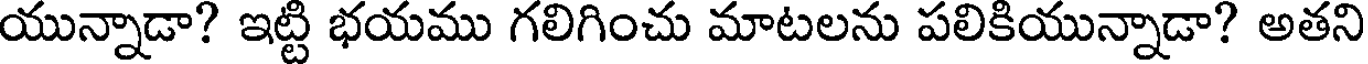
యున్నాడా? ఇట్టి భయము గలిగించు మాటలను పలికియున్నాడా? అతని